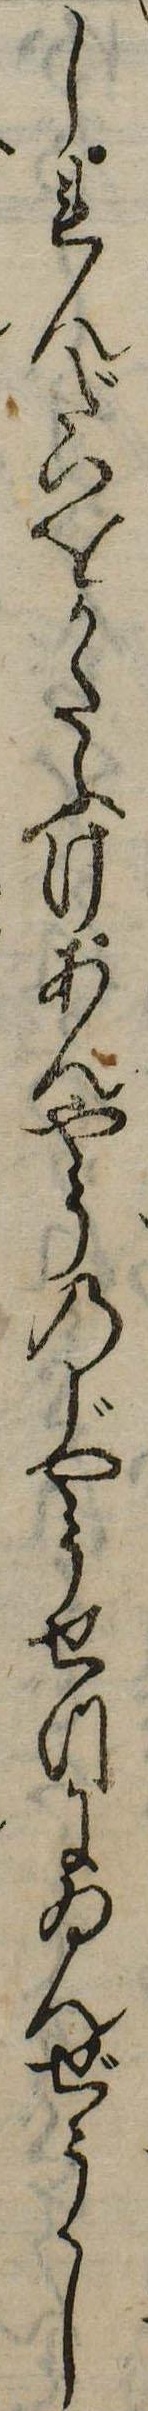
しれんだいをかたふけあんやうのじやうせつにゐんぜうし